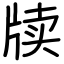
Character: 牍